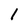
Character: l